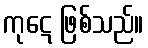
ကုဋေ ဖြစ်သည်။